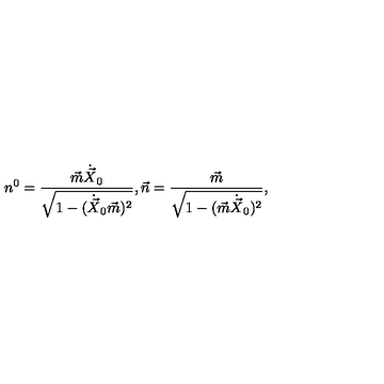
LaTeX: n ^ { 0 } = \frac { \vec { m } \dot { \vec { X } } _ { 0 } } { \sqrt { 1 - ( \dot { \vec { X } } _ { 0 } \vec { m } ) ^ { 2 } } } , \vec { n } = \frac { \vec { m } } { \sqrt { 1 - ( \vec { m } \dot { \vec { X } } _ { 0 } ) ^ { 2 } } } ,